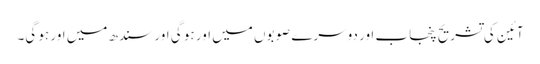
آئین کی تشریح پنجاب اور دوسرے صوبوں میں اور ہو گی اور سندھ میں اور ہو گی۔